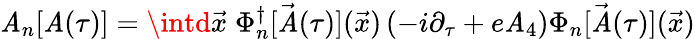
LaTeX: {\cal\mathit{A}}_{n}[\mathit{A}(\tau)]=\intd{\vec{{x}}}\; \Phi_{n}^{\dagger}[{\vec{{\mathit{A}}}}(\tau)]({\vec{{x}}})\left(-i\partial_{\tau}+e\mathit{A}_{4}\right)\Phi_{n}[{\vec{{\mathit{A}}}}(\tau)]({\vec{{x}}})